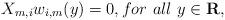
LaTeX: \begin{align*} X_{m,i} w_{i, m}(y)=0, for \ all \ y \in {\bf R},\end{align*}